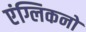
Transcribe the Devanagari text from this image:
एंग्लिकनों